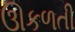
ઊકળતી